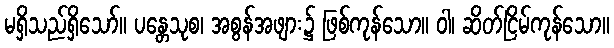
မရှိသည်ရှိသော်။ ပန္တေသုစ၊ အစွန်အဖျား၌ ဖြစ်ကုန်သော။ ဝါ၊ ဆိတ်ငြိမ်ကုန်သော။